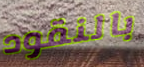
بالنقود